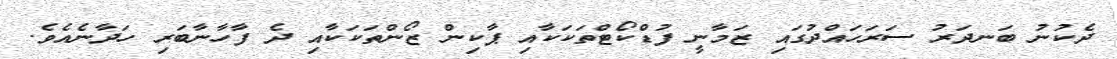
ދެކުނު ބަނދަރު ސަރަހައްދުގައި ޒަމާނީ ފުޑްކޯޓްތަކަކާއި ޕާކިން ޒޯންތަކަކާއި ދެ ފާހާނާބަރި ހަދާނެއެވެ.